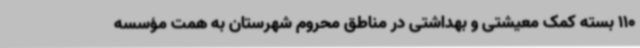
110 بسته کمک معیشتی و بهداشتی در مناطق محروم شهرستان به همت مؤسسه